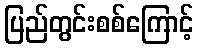
ပြည်တွင်းစစ်ကြောင့်